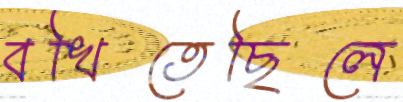
বখিতেছিলে